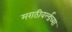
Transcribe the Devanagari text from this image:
मराठीवर्ल्डच्या